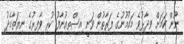
ނޫން ކަމަށް ވިދާޅުވެ މައުމޫނުގެ ފަރާތުން ވަނީ އިސްތިއުނާފު ކުރި ވާފިރުގެ ނިޔަތާމެދު